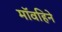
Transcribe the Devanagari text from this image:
मॉवहिने